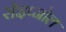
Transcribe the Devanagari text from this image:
रॉइप्नोल